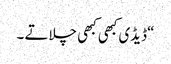
“ڈیڈی کبھی کبھی چلاتے ۔